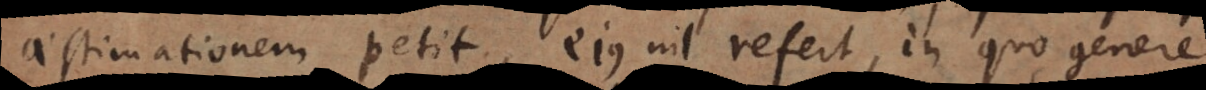
aestimationem petit, ejus nil refert, in quo genere